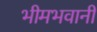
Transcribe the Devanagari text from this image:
भीमभवानी